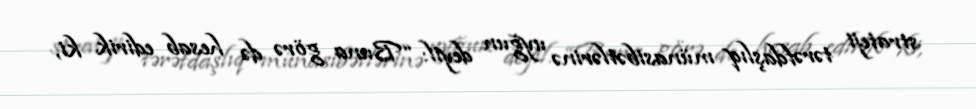
strateji tərəfdaşlıq münasibətlərinə uyğun deyil: “Buna görə də hesab edirik ki,